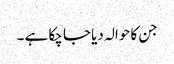
جن کا حوالہ دیا جا چکا ہے ۔